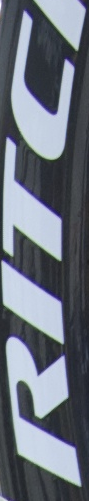
RITC